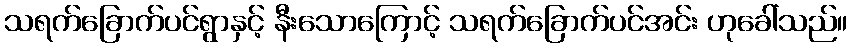
သရက်ခြောက်ပင်ရွာနှင့် နီးသောကြောင့် သရက်ခြောက်ပင်အင်း ဟုခေါ်သည်။